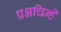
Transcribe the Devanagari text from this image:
प्रश्नचिन्हे